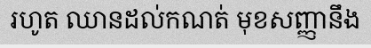
រហូត ឈានដល់កណត់ មុខសញ្ញានឹង